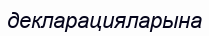
декларацияларына